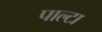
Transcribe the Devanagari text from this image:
पाल्टा